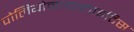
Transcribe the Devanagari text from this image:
पोलियोमायालाइटिस